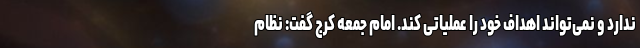
ندارد و نمی‌تواند اهداف خود را عملیاتی کند. امام جمعه کرج گفت: نظام